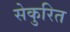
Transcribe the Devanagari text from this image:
सेकुरित